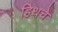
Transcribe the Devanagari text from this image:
हिथचे